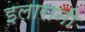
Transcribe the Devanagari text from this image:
इलारानी